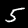
Digit: 5